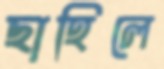
ছাহিলে